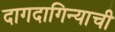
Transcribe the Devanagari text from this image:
दागदागिन्याची